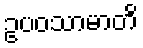
ဥပဝသာမာတိ